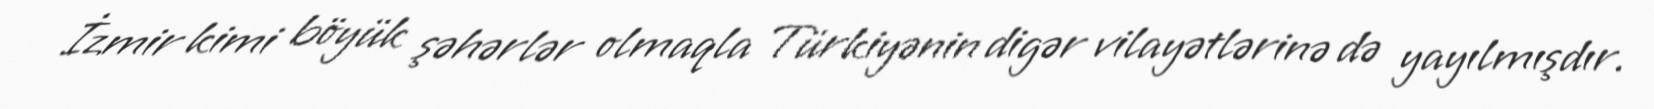
İzmir kimi böyük şəhərlər olmaqla Türkiyənin digər vilayətlərinə də yayılmışdır.